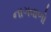
નાગવાળો